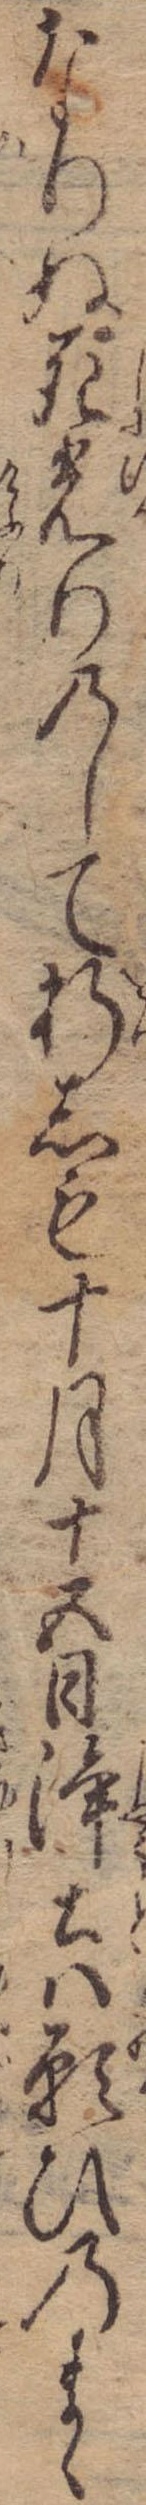
なりぬ死光りのして折しも十月十五日浄土は願ひのまゝ